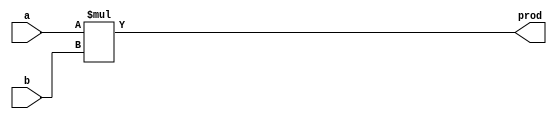
`timescale 1ns / 1ps
//////////////////////////////////////////////////////////////////////////////////
// Angel Lopez, Peter Lankisch
//////////////////////////////////////////////////////////////////////////////////


module MUL(a, b, prod);
    parameter DATAWIDTH = 64;
    input [DATAWIDTH-1:0] a;
    input [DATAWIDTH-1:0] b;
    output reg [DATAWIDTH-1:0] prod;
    
    always @(a,b)begin
        prod <= a*b;
    end
    
endmodule